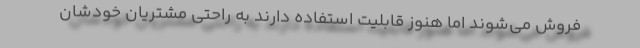
فروش می‌شوند اما هنوز قابلیت استفاده دارند به راحتی مشتریان خودشان